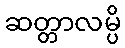
ဆတ္တာလမ္ပိ